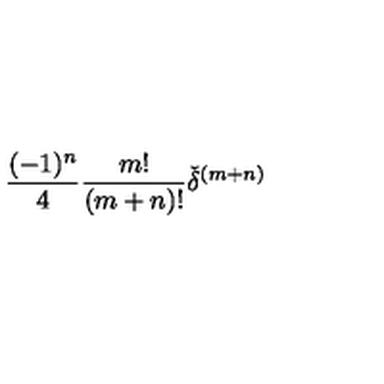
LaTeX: \frac { ( - 1 ) ^ { n } } { 4 } \frac { m ! } { ( m + n ) ! } { \check { \delta } } ^ { ( m + n ) }